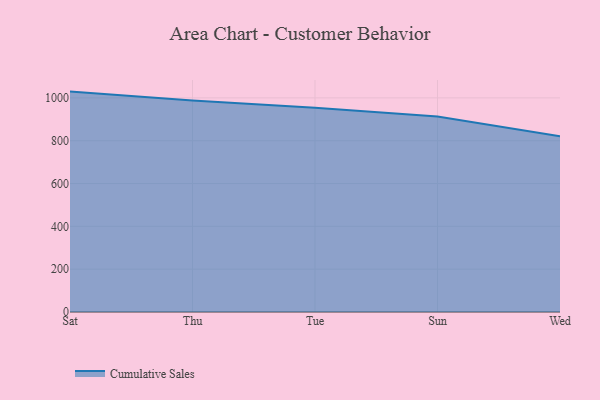
{"axis": {"x": "Day", "y": "Latency (ms)"}, "legend": ["Cumulative Sales"], "data": [{"x": "Sat", "y": 1029.4, "type": "Cumulative Sales"}, {"x": "Thu", "y": 988.1, "type": "Cumulative Sales"}, {"x": "Tue", "y": 954.4, "type": "Cumulative Sales"}, {"x": "Sun", "y": 913.2, "type": "Cumulative Sales"}, {"x": "Wed", "y": 820.7, "type": "Cumulative Sales"}]}